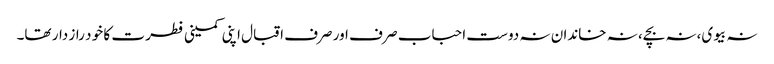
نہ بیوی،نہ بچے، نہ خاندان نہ دوست احباب صر ف اور صرف اقبال اپنی کمینی فطر ت کا خو د راز دار تھا۔